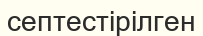
септестірілген